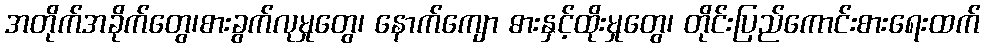
အတိုက်အခိုက်တွေ၊စားခွက်လုမှုတွေ၊ နောက်ကျော ဓားနှင့်ထိုးမှုတွေ၊ တိုင်းပြည်ကောင်းစားရေးထက်